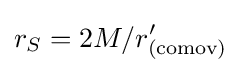
r_{S}=2M/r'_{({\text{comov}})}